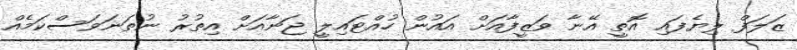
ޒަލަފް ލިޔެފައި އޮތީ އޭނާ ވަޒީފާއަށް އައުން ހުއްޓައިލީ ޖަނާއަށް އިތުރު ނުތަނަވަސްކަމެއް